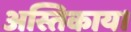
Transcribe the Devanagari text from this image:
अस्तिकाय।